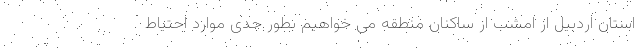
استان اردبیل از امشب از ساکنان منطقه می خواهیم بطور جدی موارد احتیاط